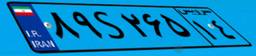
۶۳S۲۵۶۲۰